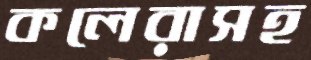
কলেরাসহ